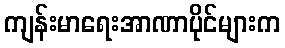
ကျန်းမာရေးအာဏာပိုင်များက